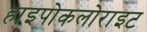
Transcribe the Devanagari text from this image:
हाइपोकलोराइट